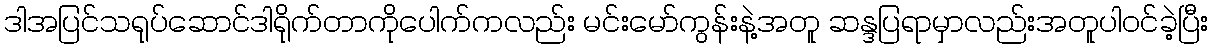
ဒါအပြင်သရုပ်ဆောင်ဒါရိုက်တာကိုပေါက်ကလည်း မင်းမော်ကွန်းနဲ့အတူ ဆန္ဒပြရာမှာလည်းအတူပါဝင်ခဲ့ပြီး